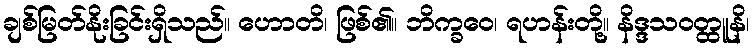
ချစ်မြတ်နိုးခြင်းရှိသည်။ ဟောတိ၊ ဖြစ်၏။ ဘိက္ခဝေ၊ ရဟန်းတို့။ နိဒ္ဒသဝတ္ထူနိ၊